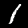
Digit: 1